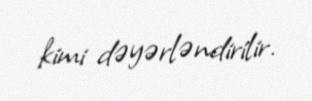
kimi dəyərləndirilir.